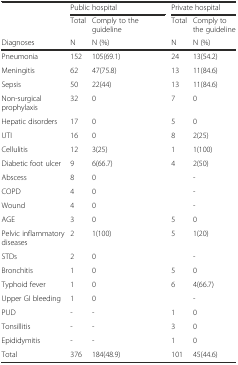
| <ROWSPAN=2>  | <COLSPAN=2> Public hospital | <COLSPAN=2> Private hospital |
 | Total | Comply to the guideline | Total | Comply to the guideline |
 | Diagnoses | N | N (%) | N | N (%) |
 | --- | --- | --- | --- | --- |
 | Pneumonia | 152 | 105(69.1) | 24 | 13(54.2) |
 | Meningitis | 62 | 47(75.8) | 13 | 11(84.6) |
 | Sepsis | 50 | 22(44) | 13 | 11(84.6) |
 | Non-surgical prophylaxis | 32 | 0 | 7 | 0 |
 | Hepatic disorders | 17 | 0 | 5 | 0 |
 | UTI | 16 | 0 | 8 | 2(25) |
 | Cellulitis | 12 | 3(25) | 1 | 1(100) |
 | Diabetic foot ulcer | 9 | 6(66.7) | 4 | 2(50) |
 | Abscess | 8 | 0 |  | - |
 | COPD | 4 | 0 |  | - |
 | Wound | 4 | 0 |  | - |
 | AGE | 3 | 0 | 5 | 0 |
 | Pelvic inflammatory diseases | 2 | 1(100) | 5 | 1(20) |
 | STDs | 2 | 0 |  | - |
 | Bronchitis | 1 | 0 | 5 | 0 |
 | Typhoid fever | 1 | 0 | 6 | 4(66.7) |
 | Upper GI bleeding | 1 | 0 |  | - |
 | PUD | - | - | 1 | 0 |
 | Tonsillitis | - | - | 3 | 0 |
 | Epididymitis | - | - | 1 | 0 |
 | Total | 376 | 184(48.9) | 101 | 45(44.6) |